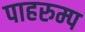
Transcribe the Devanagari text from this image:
पाहरुम्प